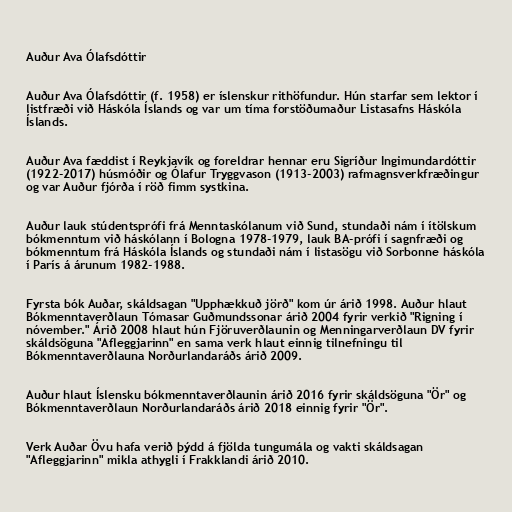
Auður Ava Ólafsdóttir

Auður Ava Ólafsdóttir (f. 1958) er íslenskur rithöfundur. Hún starfar sem lektor í
listfræði við Háskóla Íslands og var um tíma forstöðumaður Listasafns Háskóla
Íslands.

Auður Ava fæddist í Reykjavík og foreldrar hennar eru Sigríður Ingimundardóttir
(1922-2017) húsmóðir og Ólafur Tryggvason (1913-2003) rafmagnsverkfræðingur
og var Auður fjórða í röð fimm systkina.

Auður lauk stúdentsprófi frá Menntaskólanum við Sund, stundaði nám í ítölskum
bókmenntum við háskólann í Bologna 1978-1979, lauk BA-prófi í sagnfræði og
bókmenntum frá Háskóla Íslands og stundaði nám í listasögu við Sorbonne háskóla
í París á árunum 1982-1988.

Fyrsta bók Auðar, skáldsagan "Upphækkuð jörð" kom úr árið 1998. Auður hlaut
Bókmenntaverðlaun Tómasar Guðmundssonar árið 2004 fyrir verkið "Rigning í
nóvember." Árið 2008 hlaut hún Fjöruverðlaunin og Menningarverðlaun DV fyrir
skáldsöguna "Afleggjarinn" en sama verk hlaut einnig tilnefningu til
Bókmenntaverðlauna Norðurlandaráðs árið 2009.

Auður hlaut Íslensku bókmenntaverðlaunin árið 2016 fyrir skáldsöguna "Ör" og
Bókmenntaverðlaun Norðurlandaráðs árið 2018 einnig fyrir "Ör".

Verk Auðar Övu hafa verið þýdd á fjölda tungumála og vakti skáldsagan
"Afleggjarinn" mikla athygli í Frakklandi árið 2010.